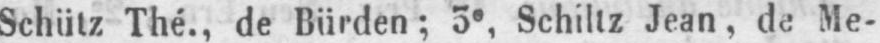
Schütz Thé., de Bürden; 3e, Schiltz Jean, de Me-